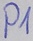
Text: P1